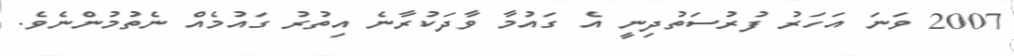
2007 ވަނަ އަހަރު ފުރުސަތުދިނީ އެ ގައުމާ ވާދަކުރާނެ އިތުރު ގައުމެއް ނެތުމުންނެވެ.